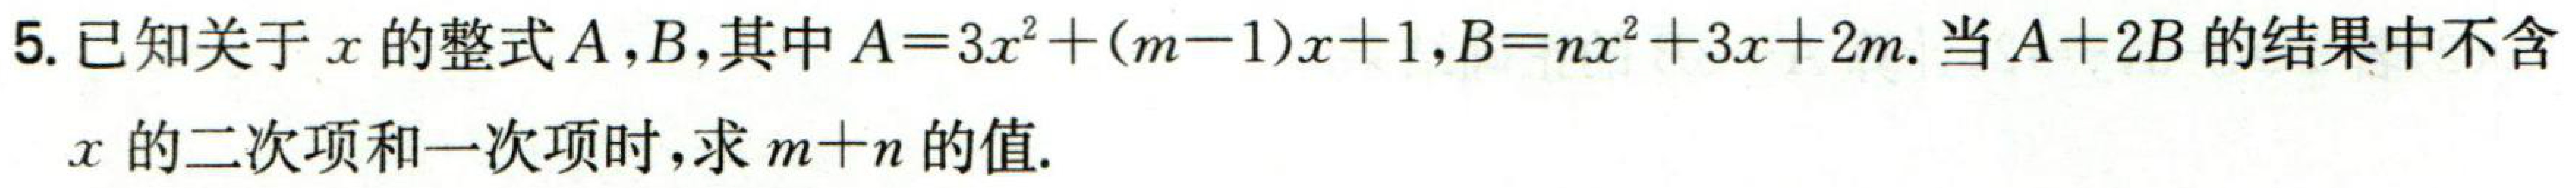
5. 已知关于\(x\)的整式\(A\)，\(B\)，其中\(A = 3x^{2}+(m - 1)x + 1\)，\(B = nx^{2}+3x + 2m\). 当\(A + 2B\)的结果中不含\(x\)的二次项和一次项时，求\(m + n\)的值.